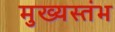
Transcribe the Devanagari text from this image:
मुख्यस्तंभ